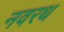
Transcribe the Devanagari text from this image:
नवरथ